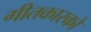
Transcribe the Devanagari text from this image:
गीतकारको